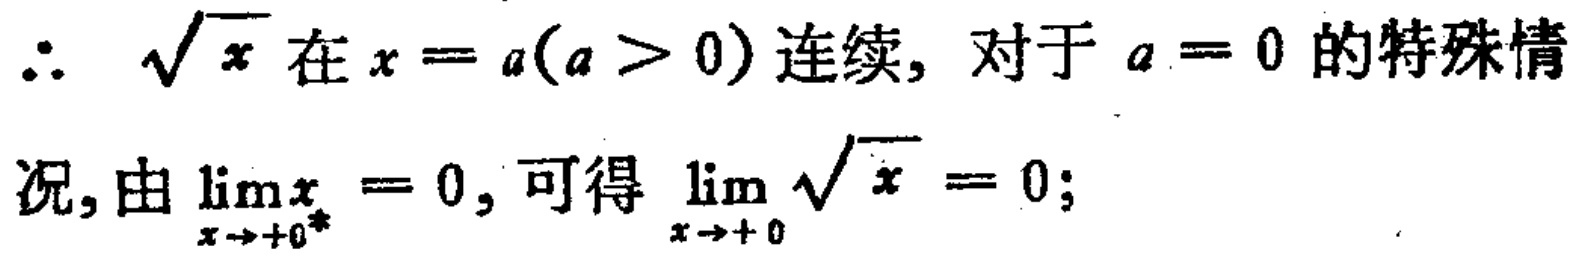
\(\therefore\ \sqrt{x}\)在\(x = a(a > 0)\)连续, 对于\(a = 0\)的特殊情况, 由\(\lim_{x \to +0^{*}}x = 0\), 可得\(\lim_{x \to +0}\sqrt{x} = 0\);